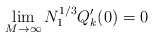
\begin{align*}\lim_{M\to\infty} N_1^{1/3}Q_k'(0)=0\end{align*}